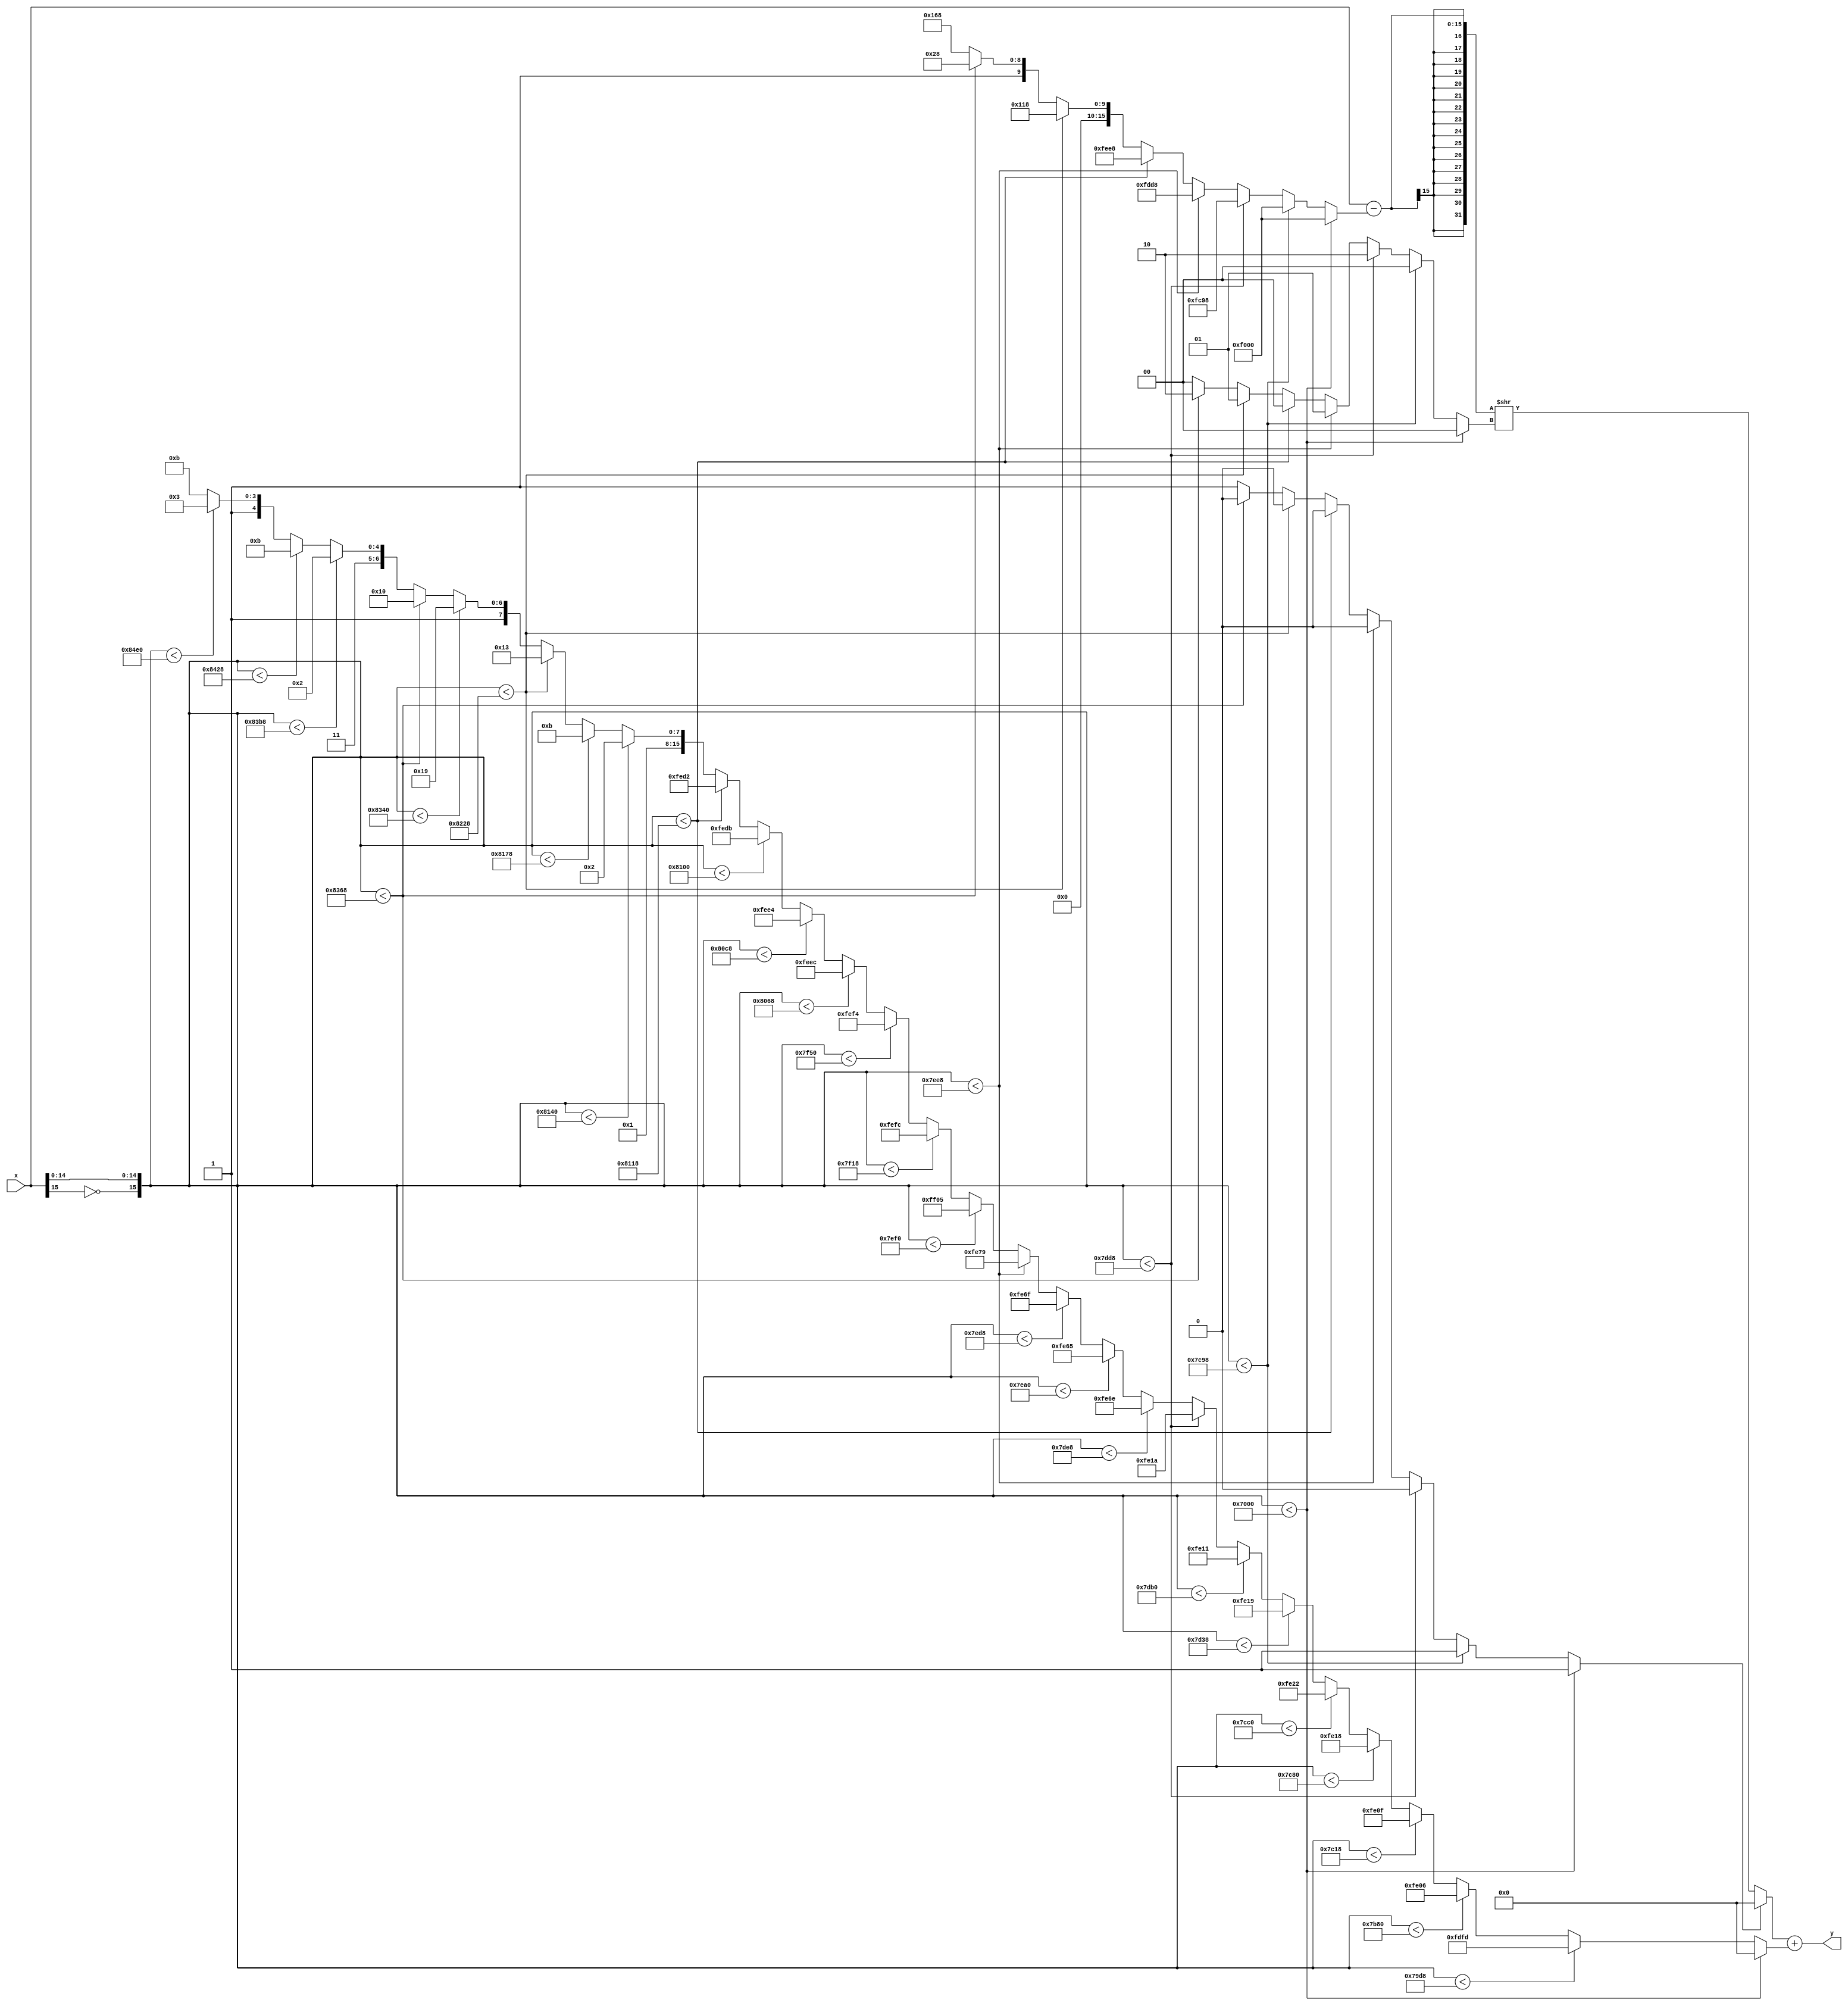
module tanhPWL(
	input [15:0] x,
	output wire [15:0] y
);

reg [3:0] slope;
reg [15:0] bias;
reg [15:0] x_delta;
reg zero;
wire [15:0] x_ = (x - x_delta);
assign y = ((zero)? 0: ({{16{x_[15]}},x_} >> slope)) + bias;

/**************** Compare and LUT *****************/
always @(*) begin
	if({~x[15],x[14:0]} < (16'h7000)) begin // -8.000000 
		slope = 16'h0;
		zero = 1;
		x_delta = 16'hf000;
	end else 	if({~x[15],x[14:0]} < (16'h7c98)) begin // -1.703125 
		slope = 16'h0;
		zero = 1;
		x_delta = 16'hf000;
	end else 	if({~x[15],x[14:0]} < (16'h7dd8)) begin // -1.078125 
		slope = 16'h2; // 0.250000
		zero = 0;
		x_delta = 16'hfc98;
	end else 	if({~x[15],x[14:0]} < (16'h7ee8)) begin // -0.546875 
		slope = 16'h1; // 0.500000
		zero = 0;
		x_delta = 16'hfdd8;
	end else 	if({~x[15],x[14:0]} < (16'h8118)) begin // 0.546875 
		slope = 16'h0; // 1.000000
		zero = 0;
		x_delta = 16'hfee8;
	end else 	if({~x[15],x[14:0]} < (16'h8228)) begin // 1.078125 
		slope = 16'h1; // 0.500000
		zero = 0;
		x_delta = 16'h118;
	end else 	if({~x[15],x[14:0]} < (16'h8368)) begin // 1.703125 
		slope = 16'h2; // 0.250000
		zero = 0;
		x_delta = 16'h228;
	end else begin
		slope = 16'h0; // 0.000000
		zero = 1;
		x_delta = 16'h368;
	end

	if({~x[15],x[14:0]} < (16'h7000)) begin // -8.000000
		bias = 16'h0; // 0.000000 
	end else 	if({~x[15],x[14:0]} < (16'h79d8)) begin // -3.078125
		bias = 16'hfdfd; // -1.005859 
	end else 	if({~x[15],x[14:0]} < (16'h7b80)) begin // -2.250000
		bias = 16'hfe06; // -0.988281 
	end else 	if({~x[15],x[14:0]} < (16'h7c18)) begin // -1.953125
		bias = 16'hfe0f; // -0.970703 
	end else 	if({~x[15],x[14:0]} < (16'h7c80)) begin // -1.750000
		bias = 16'hfe18; // -0.953125 
	end else 	if({~x[15],x[14:0]} < (16'h7cc0)) begin // -1.625000
		bias = 16'hfe22; // -0.933594 
	end else 	if({~x[15],x[14:0]} < (16'h7d38)) begin // -1.390625
		bias = 16'hfe19; // -0.951172 
	end else 	if({~x[15],x[14:0]} < (16'h7db0)) begin // -1.156250
		bias = 16'hfe11; // -0.966797 
	end else 	if({~x[15],x[14:0]} < (16'h7dd8)) begin // -1.078125
		bias = 16'hfe1a; // -0.949219 
	end else 	if({~x[15],x[14:0]} < (16'h7de8)) begin // -1.046875
		bias = 16'hfe6e; // -0.785156 
	end else 	if({~x[15],x[14:0]} < (16'h7ea0)) begin // -0.687500
		bias = 16'hfe65; // -0.802734 
	end else 	if({~x[15],x[14:0]} < (16'h7ed8)) begin // -0.578125
		bias = 16'hfe6f; // -0.783203 
	end else 	if({~x[15],x[14:0]} < (16'h7ee8)) begin // -0.546875
		bias = 16'hfe79; // -0.763672 
	end else 	if({~x[15],x[14:0]} < (16'h7ef0)) begin // -0.531250
		bias = 16'hff05; // -0.490234 
	end else 	if({~x[15],x[14:0]} < (16'h7f18)) begin // -0.453125
		bias = 16'hfefc; // -0.507812 
	end else 	if({~x[15],x[14:0]} < (16'h7f50)) begin // -0.343750
		bias = 16'hfef4; // -0.523438 
	end else 	if({~x[15],x[14:0]} < (16'h8068)) begin // 0.203125
		bias = 16'hfeec; // -0.539062 
	end else 	if({~x[15],x[14:0]} < (16'h80c8)) begin // 0.390625
		bias = 16'hfee4; // -0.554688 
	end else 	if({~x[15],x[14:0]} < (16'h8100)) begin // 0.500000
		bias = 16'hfedb; // -0.572266 
	end else 	if({~x[15],x[14:0]} < (16'h8118)) begin // 0.546875
		bias = 16'hfed2; // -0.589844 
	end else 	if({~x[15],x[14:0]} < (16'h8140)) begin // 0.625000
		bias = 16'h102; // 0.503906 
	end else 	if({~x[15],x[14:0]} < (16'h8178)) begin // 0.734375
		bias = 16'h10b; // 0.521484 
	end else 	if({~x[15],x[14:0]} < (16'h8228)) begin // 1.078125
		bias = 16'h113; // 0.537109 
	end else 	if({~x[15],x[14:0]} < (16'h8340)) begin // 1.625000
		bias = 16'h199; // 0.798828 
	end else 	if({~x[15],x[14:0]} < (16'h8368)) begin // 1.703125
		bias = 16'h190; // 0.781250 
	end else 	if({~x[15],x[14:0]} < (16'h83b8)) begin // 1.859375
		bias = 16'h1e2; // 0.941406 
	end else 	if({~x[15],x[14:0]} < (16'h8428)) begin // 2.078125
		bias = 16'h1eb; // 0.958984 
	end else 	if({~x[15],x[14:0]} < (16'h84e0)) begin // 2.437500
		bias = 16'h1f3; // 0.974609 
	end else begin
		bias = 16'h1fb; // 0.974609 
	end
end

endmodule